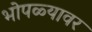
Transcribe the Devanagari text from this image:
भोपळ्यावर